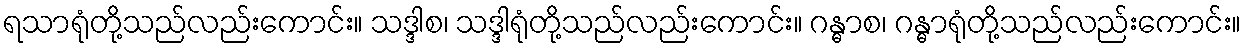
ရသာရုံတို့သည်လည်းကောင်း။ သဒ္ဒါစ၊ သဒ္ဒါရုံတို့သည်လည်းကောင်း။ ဂန္ဓာစ၊ ဂန္ဓာရုံတို့သည်လည်းကောင်း။